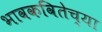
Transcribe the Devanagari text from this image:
भावकवितेच्या